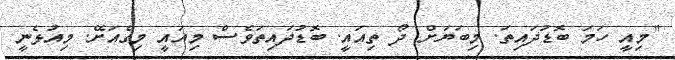
"މިއީ ހަމަ ބޮޑުދައިތަ. މިބަޔަށް ދޯ ތިއައީ. ބޮޑުދައިތަވެސް މިއައީ މިގެއަށޭ. މިއުޅެނީ